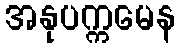
အနုပက္ကမေန